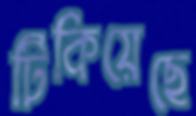
টিকিয়েছে